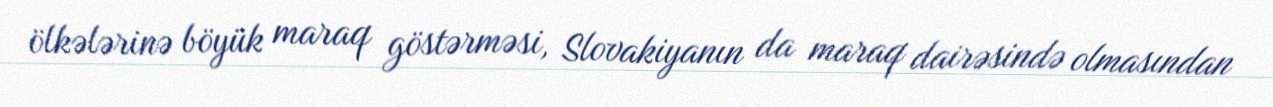
ölkələrinə böyük maraq göstərməsi, Slovakiyanın da maraq dairəsində olmasından